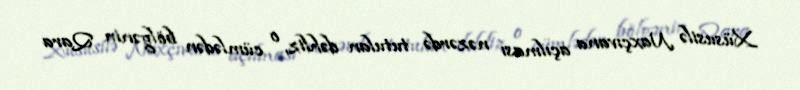
Xüsusilə Naxçıvana açılması nəzərdə tutulan dəhliz, o cümlədən bölgənin Qara